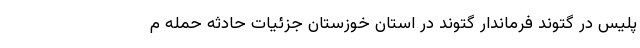
پلیس در گتوند فرماندار گتوند در استان خوزستان جزئیات حادثه حمله م